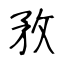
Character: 敄